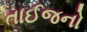
તાઈજનો